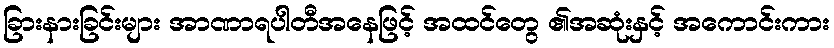
ခြားနားခြင်းများ အာဏာရပါတီအနေဖြင့် အထင်တွေ ၏အဆုံးနှင့် အကောင်းကား